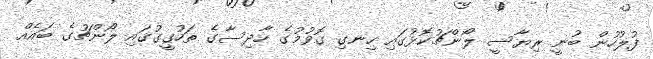
ފުލުހުން ބުނީ ރިޔާސީ ލޯންޗުކޮޅުގައި ހިނގި ގޮވުމުގެ ހާދިސާގެ ތަހުގީގުގައި ލޯންޗުގެ ބައެއް